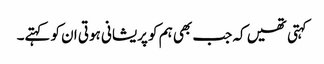
کہتی تھیں کہ جب بھی ہم کو پریشانی ہوتی ان کو کہتے۔